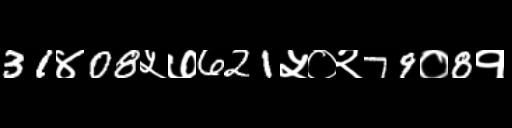
Text: 31४08५७621५०२79०8१